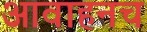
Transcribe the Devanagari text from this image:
आवाहनच